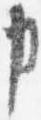
申